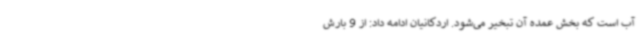
آب است که بخش عمده آن تبخیر می‌شود. اردکانیان ادامه داد: از 9 بارش